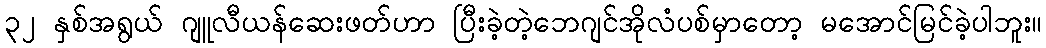
၃၂ နှစ်အရွယ် ဂျူလီယန်ဆေးဖတ်ဟာ ပြီးခဲ့တဲ့ဘေဂျင်အိုလံပစ်မှာတော့ မအောင်မြင်ခဲ့ပါဘူး။